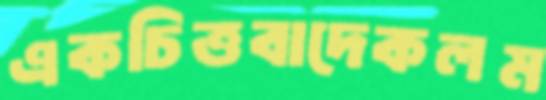
একচিত্তবাদেকলম